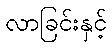
လာခြင်းနှင့်